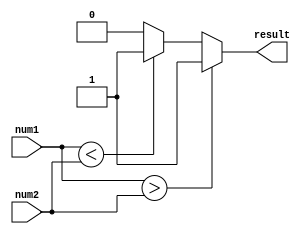
module signed_comparator (
    input signed [7:0] num1,
    input signed [7:0] num2,
    output reg result
);

always @(*) begin
    if (num1 > num2)
        result = 1;
    else if (num1 < num2)
        result = -1;
    else
        result = 0; 
end

endmodule